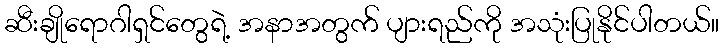
ဆီးချိုရောဂါရှင်တွေရဲ့ အနာအတွက် ပျားရည်ကို အသုံးပြုနိုင်ပါတယ်။